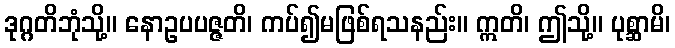
ဒုဂ္ဂတိဘုံသို့။ နောဥပပဇ္ဇတိ၊ ကပ်၍မဖြစ်ရသနည်း။ ဣတိ၊ ဤသို့။ ပုစ္ဆာမိ၊